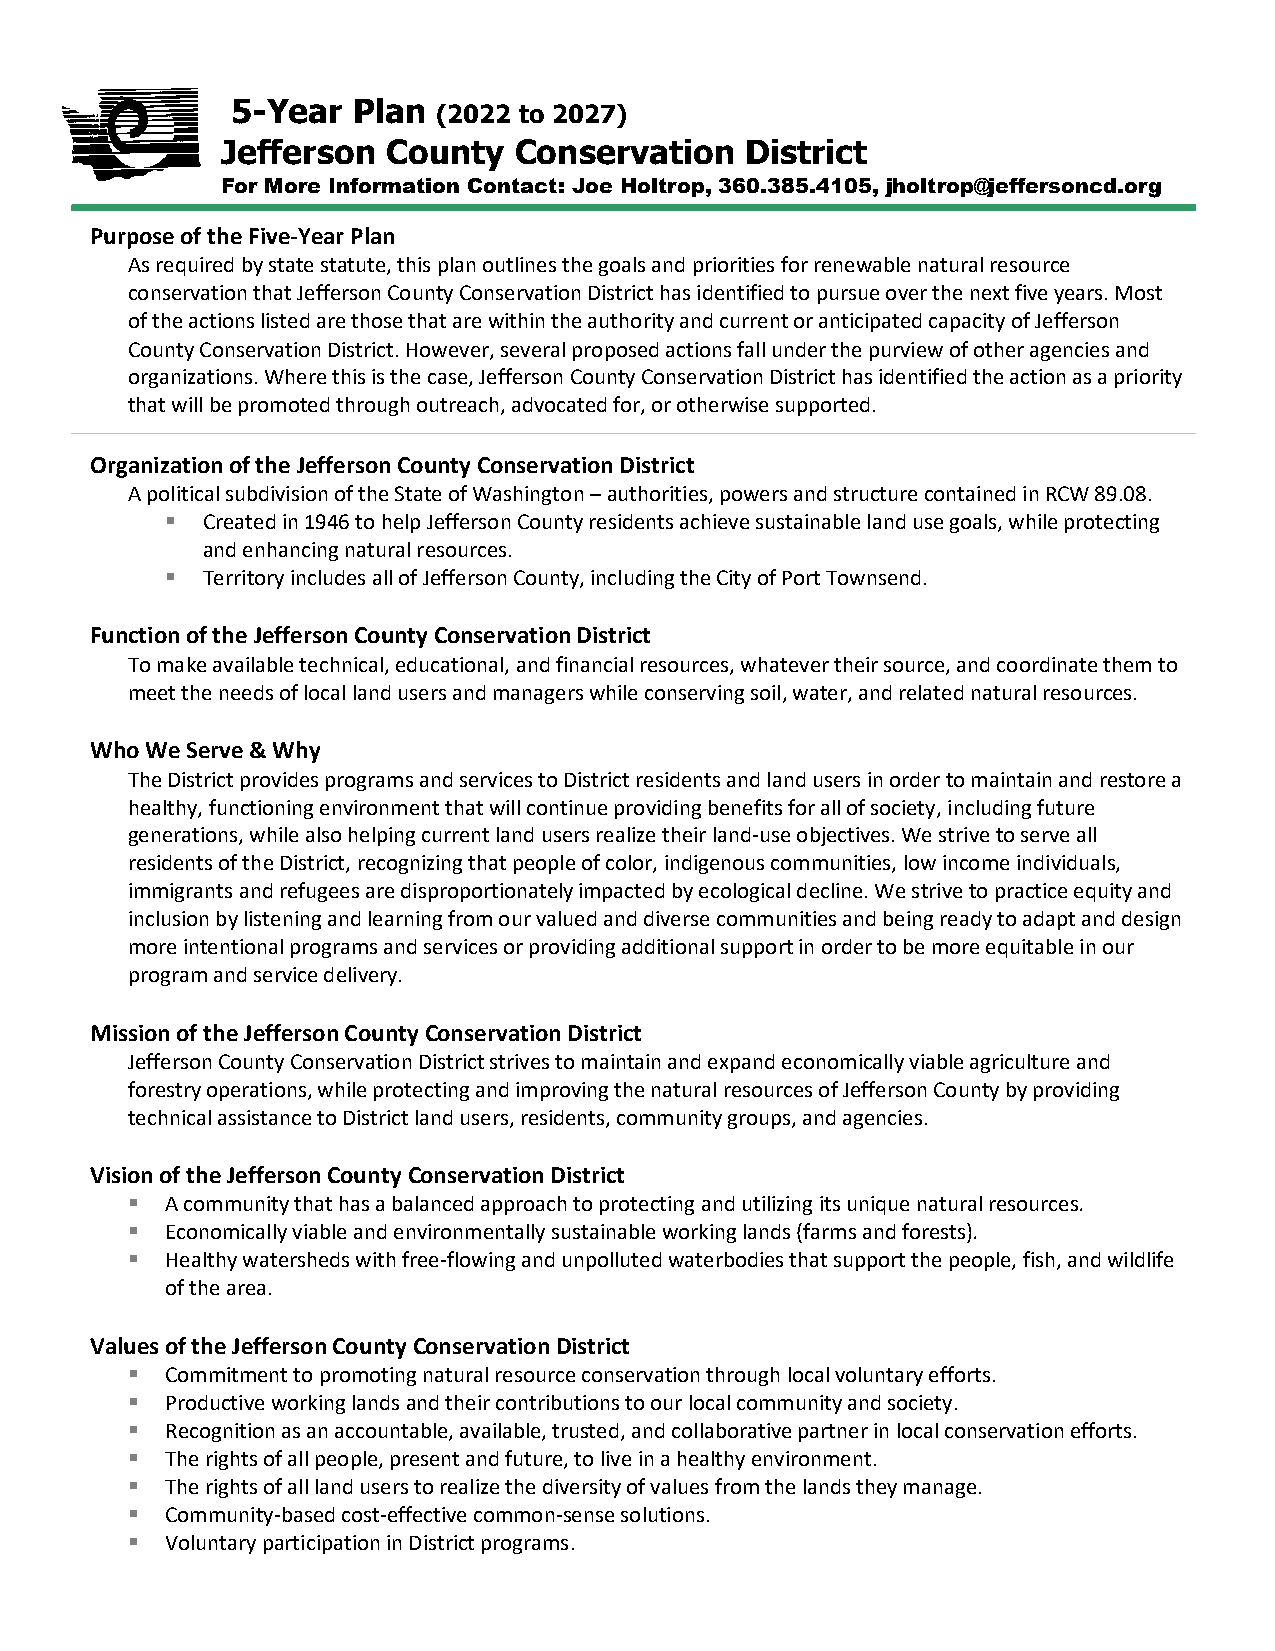
5-Year  Plan
 (2022 to 2027)
 Jefferson  County  Conservation   District
 For More Information Contact: Joe Holtrop, 360.385.4105, jholtrop@jeffersoncd.org
 Purpose of the Five-Year Plan
 As required by state statute, this plan outlines the goals and priorities for renewable natural resource
 conservation that Jefferson County Conservation District has identified to pursue over the next five years. Most
 of the actions listed are those that are within the authority and current or anticipated capacity of Jefferson
 County Conservation District. However, several proposed actions fall under the purview of other agencies and
 organizations. Where this is the case, Jefferson County Conservation District has identified the action as a priority
 that will be promoted through outreach, advocated for, or otherwise supported.
 Organization of the Jefferson County Conservation District
 A political subdivision of the State of Washington – authorities, powers and structure contained in RCW 89.08.
 ▪ Created in 1946 to help Jefferson County residents achieve sustainable land use goals, while protecting
 and enhancing natural resources.
 ▪ Territory includes all of Jefferson County, including the City of Port Townsend.
 Function of the Jefferson County Conservation District
 To make available technical, educational, and financial resources, whatever their source, and coordinate them to
 meet the needs of local land users and managers while conserving soil, water, and related natural resources.
 Who We Serve & Why
 The District provides programs and services to District residents and land users in order to maintain and restore a
 healthy, functioning environment that will continue providing benefits for all of society, including future
 generations, while also helping current land users realize their land-use objectives. We strive to serve all
 residents of the District, recognizing that people of color, indigenous communities, low income individuals,
 immigrants and refugees are disproportionately impacted by ecological decline. We strive to practice equity and
 inclusion by listening and learning from our valued and diverse communities and being ready to adapt and design
 more intentional programs and services or providing additional support in order to be more equitable in our
 program and service delivery.
 Mission of the Jefferson County Conservation District
 Jefferson County Conservation District strives to maintain and expand economically viable agriculture and
 forestry operations, while protecting and improving the natural resources of Jefferson County by providing
 technical assistance to District land users, residents, community groups, and agencies.
 Vision of the Jefferson County Conservation District
 ▪  A community that has a balanced approach to protecting and utilizing its unique natural resources.
 ▪  Economically viable and environmentally sustainable working lands (farms and forests).
 ▪  Healthy watersheds with free-flowing and unpolluted waterbodies that support the people, fish, and wildlife
 of the area.
 Values of the Jefferson County Conservation District
 ▪  Commitment to promoting natural resource conservation through local voluntary efforts.
 ▪  Productive working lands and their contributions to our local community and society.
 ▪  Recognition as an accountable, available, trusted, and collaborative partner in local conservation efforts.
 ▪  The rights of all people, present and future, to live in a healthy environment.
 ▪  The rights of all land users to realize the diversity of values from the lands they manage.
 ▪  Community-based cost-effective common-sense solutions.
 ▪  Voluntary participation in District programs.